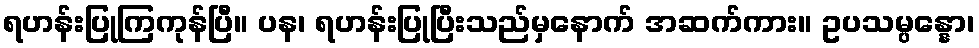
ရဟန်းပြုကြကုန်ပြီ။ ပန၊ ရဟန်းပြုပြီးသည်မှနောက် အဆက်ကား။ ဥပသမ္ပန္နော၊